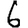
Digit: 6